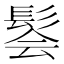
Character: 𫘽